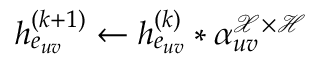
h _ { e _ { u v } } ^ { ( k + 1 ) } \gets h _ { e _ { u v } } ^ { ( k ) } * \alpha _ { u v } ^ { \mathcal { X } \times \mathcal { H } }